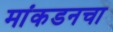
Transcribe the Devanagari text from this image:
मांकडनचा